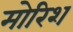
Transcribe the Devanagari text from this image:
मोरिश